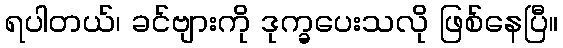
ရပါတယ်၊ ခင်ဗျားကို ဒုက္ခပေးသလို ဖြစ်နေပြီ။